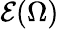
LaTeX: \mathcal E(\Omega)